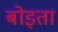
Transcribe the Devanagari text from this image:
बोइता